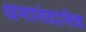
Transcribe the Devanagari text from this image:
धनानंदानेच